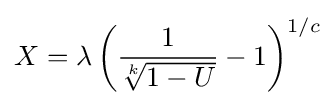
X=\lambda \left({\frac {1}{\sqrt[{k}]{1-U}}}-1\right)^{1/c}